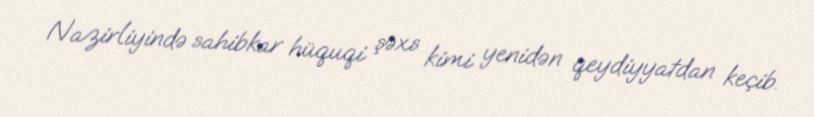
Nazirliyində sahibkar hüquqi şəxs kimi yenidən qeydiyyatdan keçib.